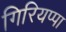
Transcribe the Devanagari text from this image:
गिरियप्पा